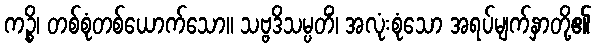
ကဉ္စိ၊ တစ်စုံတစ်ယောက်သော။ သဗ္ဗဒိသမ္ပတိံ၊ အလုံးစုံသော အရပ်မျက်နှာတို့၏